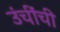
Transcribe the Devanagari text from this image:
उंचींची